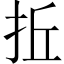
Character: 拞